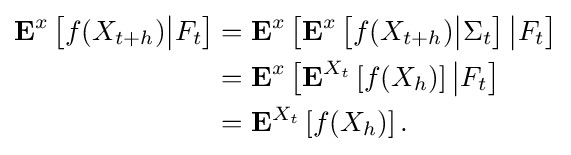
{\begin{aligned}\mathbf {E} ^{x}\left[f(X_{t+h}){\big |}F_{t}\right]&=\mathbf {E} ^{x}\left[\mathbf {E} ^{x}\left[f(X_{t+h}){\big |}\Sigma _{t}\right]{\big |}F_{t}\right]\\&=\mathbf {E} ^{x}\left[\mathbf {E} ^{X_{t}}\left[f(X_{h})\right]{\big |}F_{t}\right]\\&=\mathbf {E} ^{X_{t}}\left[f(X_{h})\right].\end{aligned}}